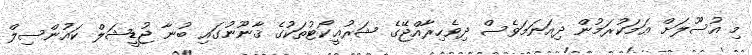
މި އުސޫލަށް ޢަމަކުރަމުން ދިއަނަމަވެސް ދިވެހިރާއްޖޭގެ ޝަރުޢީކޯޓުތަކުގެ ޤާނޫނުގައި ބުނާ ޖުޑީޝަލް ކައުންސިލް